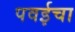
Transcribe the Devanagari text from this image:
पवईचा